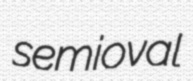
semioval